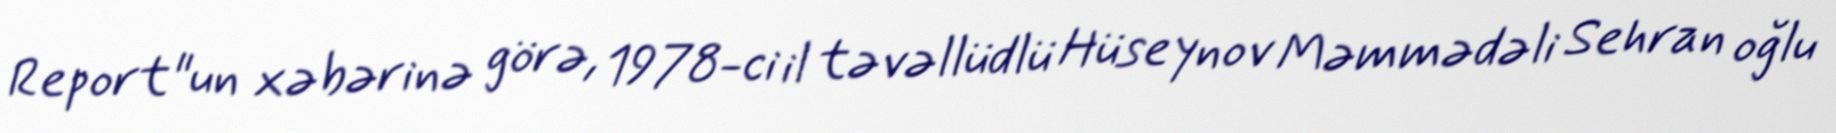
Report"un xəbərinə görə, 1978-ci il təvəllüdlü Hüseynov Məmmədəli Sehran oğlu